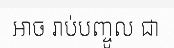
ឤច រាប់បញ្ចូល ជា